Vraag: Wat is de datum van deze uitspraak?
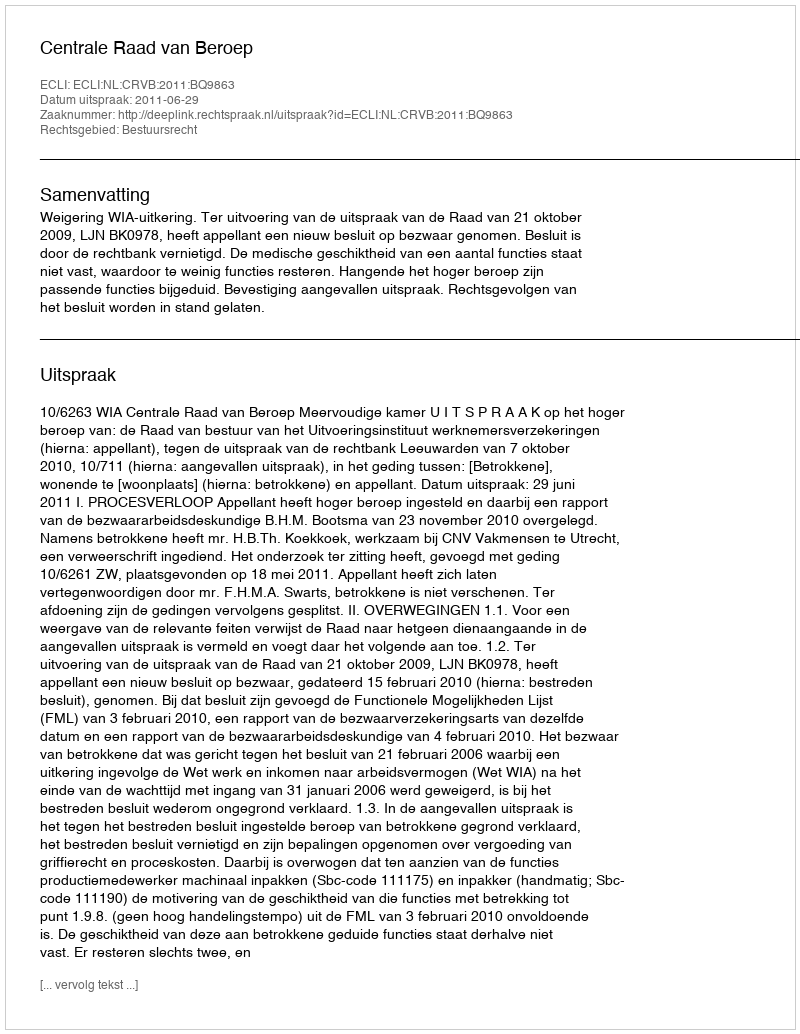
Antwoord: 2011-06-29